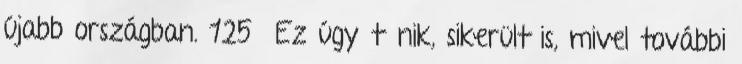
újabb országban. 125 Ez úgy tűnik, sikerült is, mivel további